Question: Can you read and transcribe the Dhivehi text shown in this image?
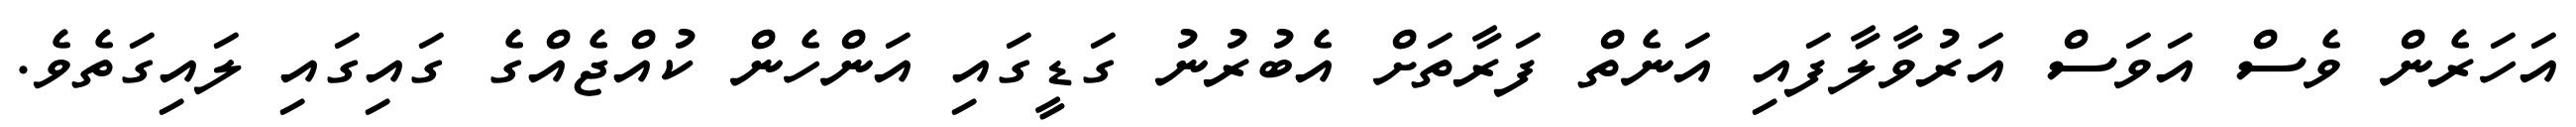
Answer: އަހަރެން ވެސް އަވަސް އަރުވާލާފައި އަނެތް ފަރާތަށް އެބުރުނު ގަޑީގައި އަންހެން ކުއްޖެއްގެ ގައިގައި ލައިގަތެވެ.